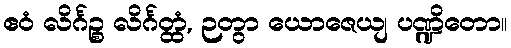
ဧဝံ လိင်္ဂဉ္စ လိင်္ဂတ္ထံ, ဉတွာ ယောဇေယျ ပဏ္ဍိတော။